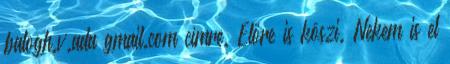
balogh.v.ada gmail.com címre. Előre is köszi. Nekem is el